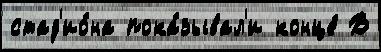
стад'ио́на пока́зывал'и конце́ В